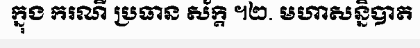
ក្នុង ករណី ប្រធាន ស័ក្តិ ។២. មហាសន្និបាត